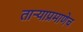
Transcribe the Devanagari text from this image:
तार्‍याप्रमाणेच